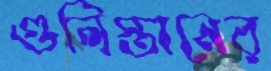
গুলিস্তানের